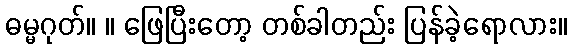
ဓမ္မဂုတ်။ ။ ဖြေပြီးတော့ တစ်ခါတည်း ပြန်ခဲ့ရောလား။